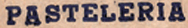
PASTELERIA